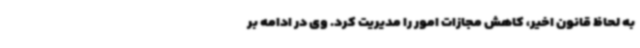
به لحاظ قانون اخیر، کاهش مجازات امور را مدیریت کرد. وی در ادامه بر